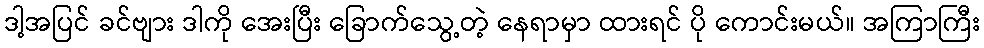
ဒါ့အပြင် ခင်ဗျား ဒါကို အေးပြီး ခြောက်သွေ့တဲ့ နေရာမှာ ထားရင် ပို ကောင်းမယ်။ အကြာကြီး